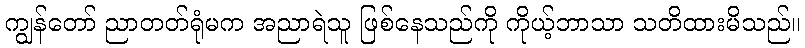
ကျွန်တော် ညာတတ်ရုံမက အညာရဲသူ ဖြစ်နေသည်ကို ကိုယ့်ဘာသာ သတိထားမိသည်။